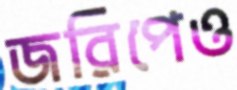
জরিপেও